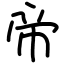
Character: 帝